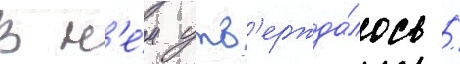
В н'е́м утв'ержда́лось /